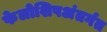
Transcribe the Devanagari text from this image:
फेलोशिपअंतर्गत